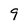
Character: 9